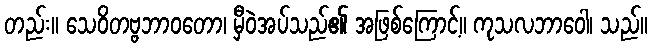
တည်း။ သေဝိတဗ္ဗဘာဝတော၊ မှီဝဲအပ်သည်၏ အဖြစ်ကြောင့်။ ကုသလဘာဝေါ၊ သည်။